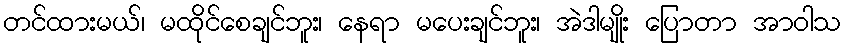
တင်ထားမယ်၊ မထိုင်စေချင်ဘူး၊ နေရာ မပေးချင်ဘူး၊ အဲဒါမျိုး ပြောတာ အာဝါသ